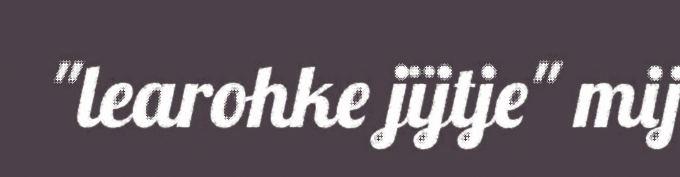
"learohke jïjtje" mij